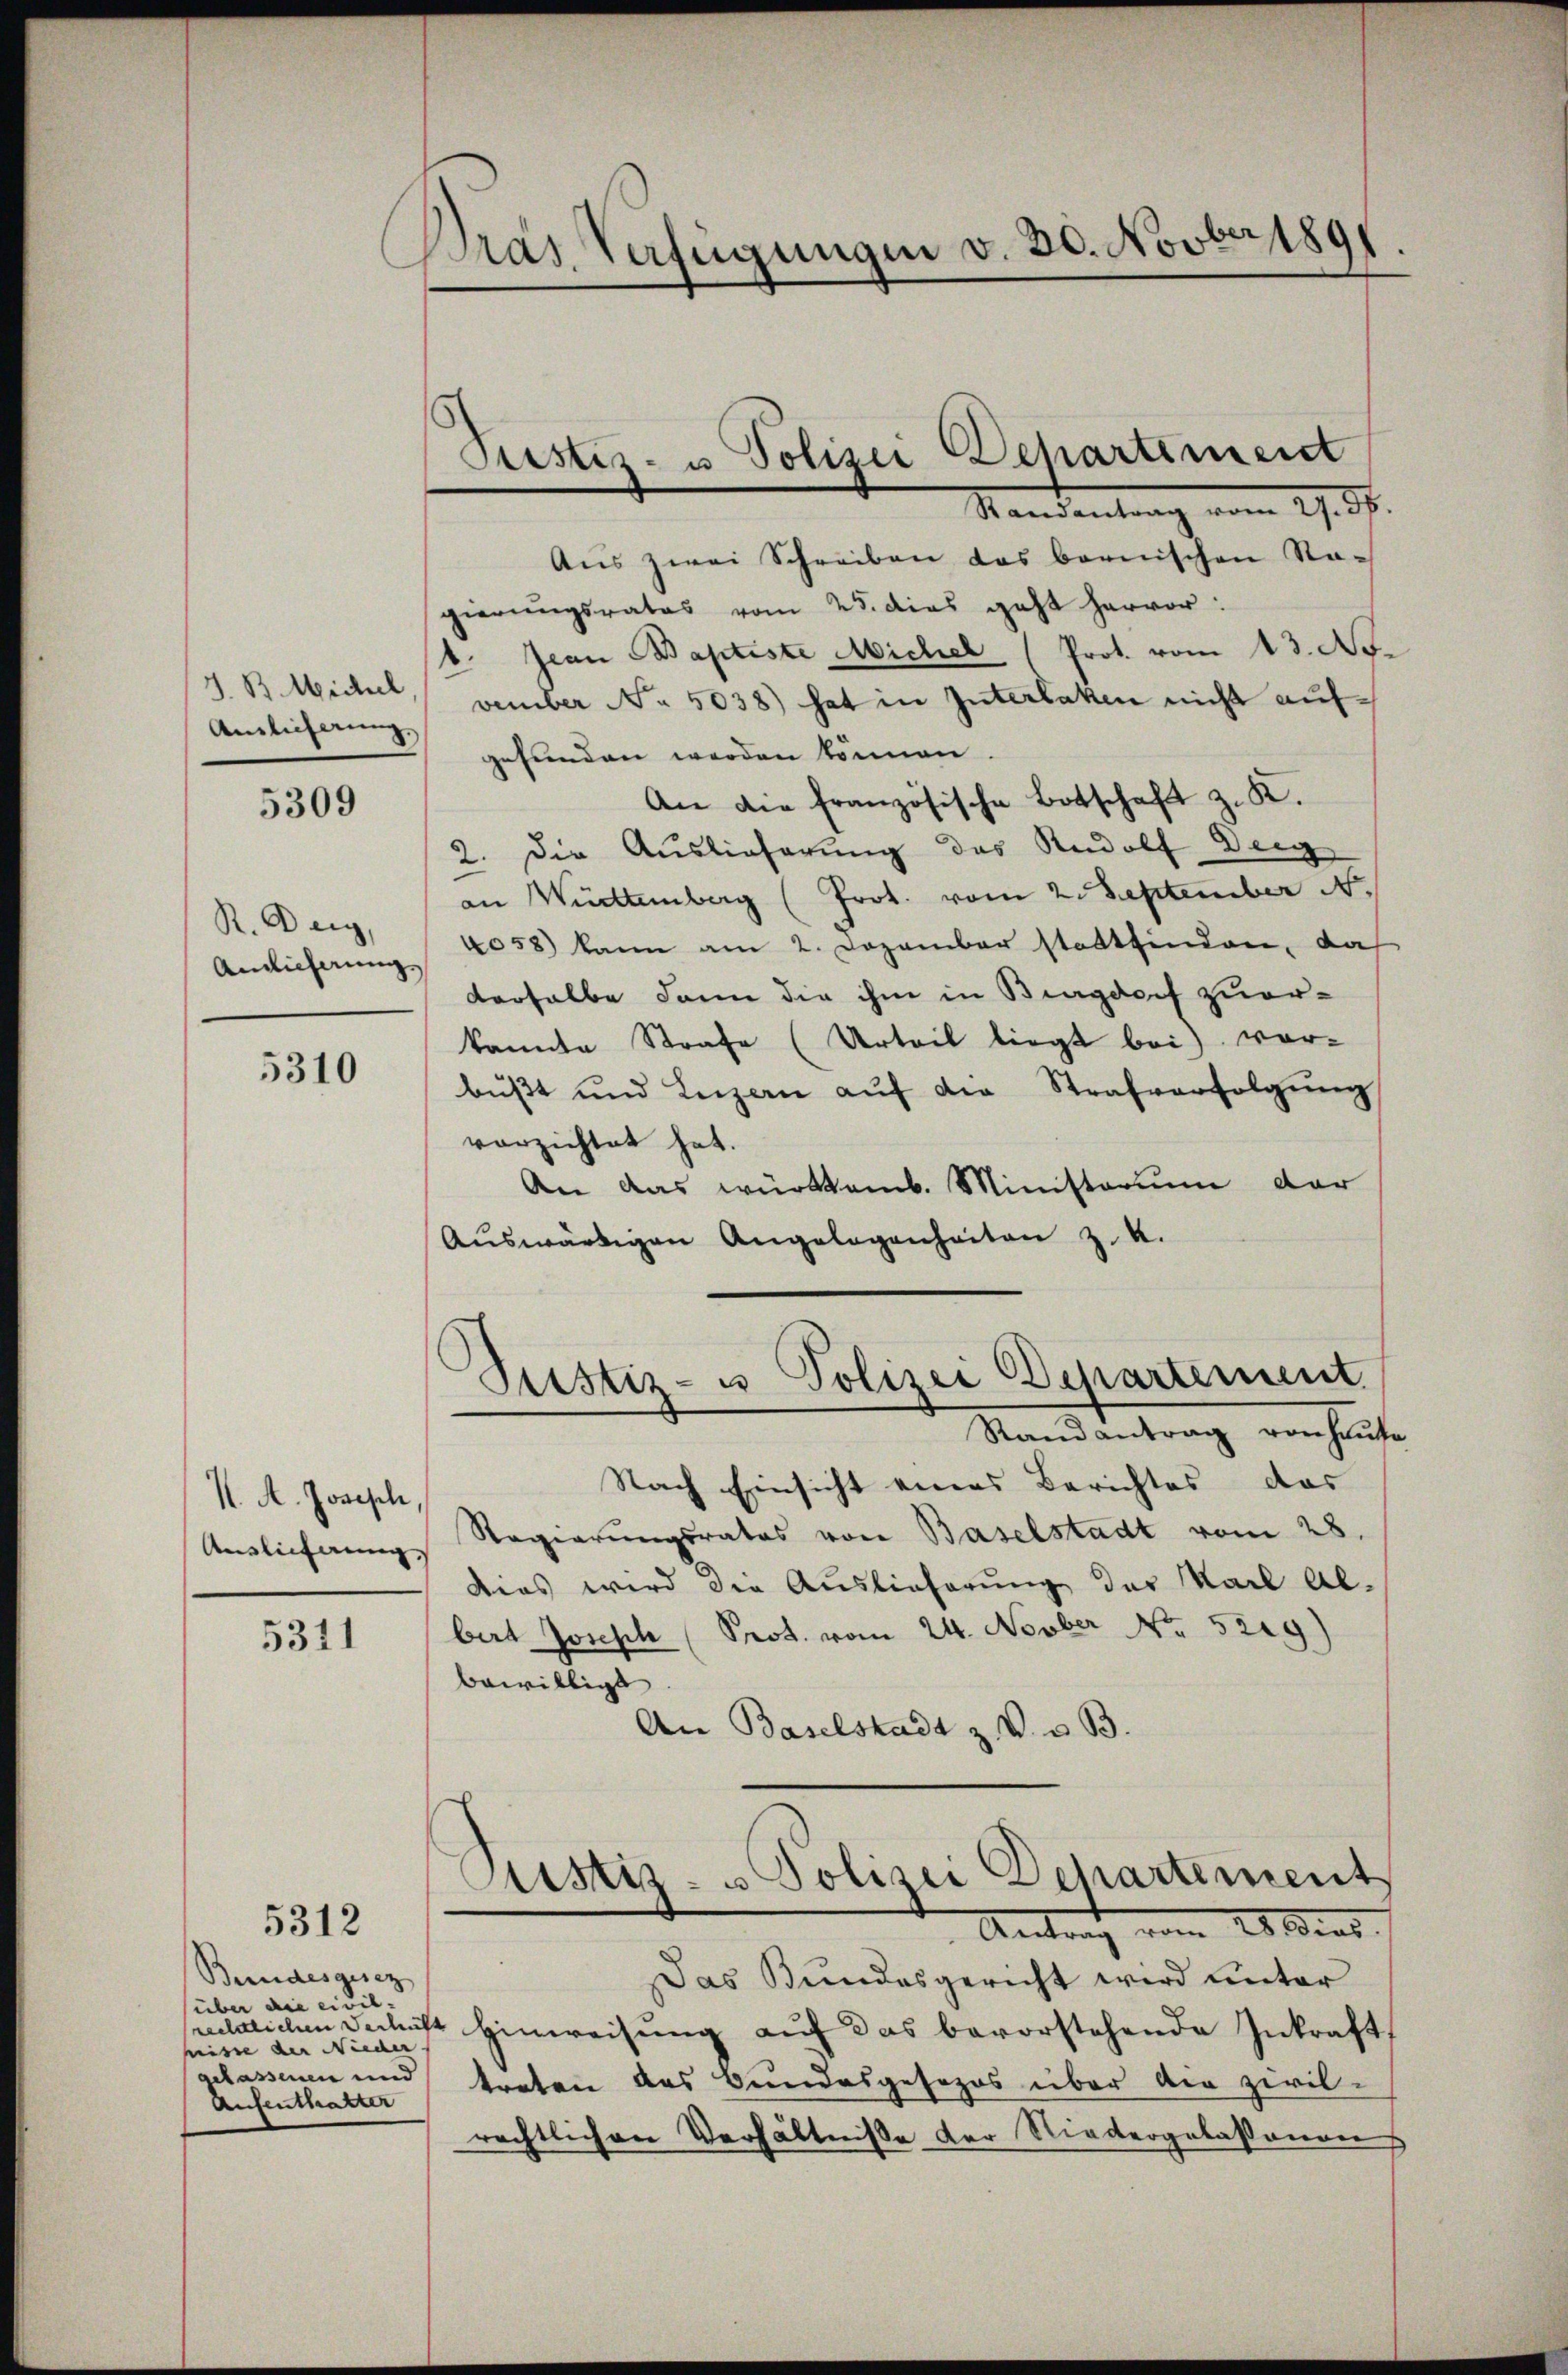
J. B. Michel.
Amlicherung,

5309

R. Drig,

5310

I. A. Joseph
Auslieferung.

5311

5312

Bundesgesez
(über die civil- |
nisse der Nieder
gelassenen und
Aufenthalter

Dras Verfügungen v. 30. Novber 189

Standentrag vom 27. d.
Aŭs zwei Schreiben das bernischen Na-
gierungsrates vom 25. dies geht hervor:
b. Jean Baptiste Michel (Prot. vom 13. No.
vember No. 5038) hat in Interlaken nicht aufgesanden werden können.
An die französische Botschaft z. K.
2. Die Auslieferung des Rudolf Deig
an Württemberg (Prot. vom 2. September N.
Amlicherung 2058) kann am 2. Dezember stattfinden, das
derselbe dann die ihm in Burgdorf zuerkannte Strafe (Urteil liegt bei) vor-
bŭβt und Luzern aŭf die Strafverfolgŭng
verzichtet hat.
An das württemb. Ministorium dar
Aŭswärtigen Angelegenheiten z. K.

Pustiz- u Polizei Departement

Justiz- u Polizei Departement

Randantrag von Hause
Nach Einsicht eines Berichtes das
Regierungsrates von Baselstadt vom 28.
Dies wird die Auslieferung der Karl Al.
bert Joseph Prot. vom 24. Novber No. 5219)
bewilligt
An Baselstadt z. V. u. B.
Custiz- u Polizei Dehartement
Antrag vom 20. dens
Das Bundesgericht wird unter
eldlichen Delicht hinweisung auf das bevorstehende Inkraft,
treten das Bundesgesezes über den zivil-
rechtlichen Verhältniße der Niedergelassenen